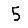
Digit: 5